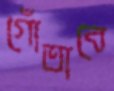
গোঁতাবে